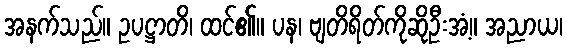
အနက်သည်။ ဥပဋ္ဌာတိ၊ ထင်၏။ ပန၊ ဗျတိရိတ်ကိုဆိုဦးအံ့။ အညာယ၊